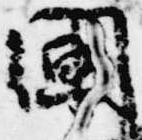
闌